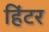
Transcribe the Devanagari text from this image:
हिंटर